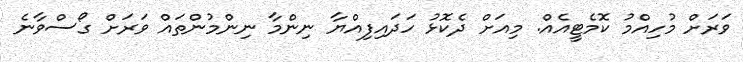
ވަރަށް މުހިއްމު ކޮމެޓީއެއް. މިއަށް ދެކޮޅު ހަދައިފިއްޔާ ނިންމާ ނިންމުންތައް ވަރަށް ގޯސްވާނެ